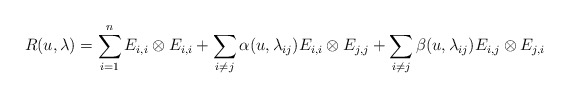
\begin{align*}R(u, \lambda) = \sum_{i = 1}^n E_{i, i} \otimes E_{i, i} + \sum_{i \neq j}\alpha(u, \lambda_{i j}) E_{i, i} \otimes E_{j, j} + \sum_{i \neq j} \beta(u, \lambda_{i j}) E_{i, j} \otimes E_{j, i}\end{align*}